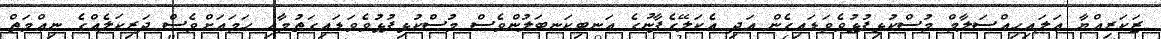
ޒަކަރިއްޔާ ޢަލައިހިއްސަލާމް މުސްކުޅިފުޅުވެވަޑައިގެން އަދި އެކަލޭގެފާނުގެ އަނބިކަނބަލުންވެސް މުސްކުޅިފުޅުވެވަޑައިގަތުމާއި ހަމައަށްވެސް ދަރިކަލެއްގެ ނިޢްމަތް